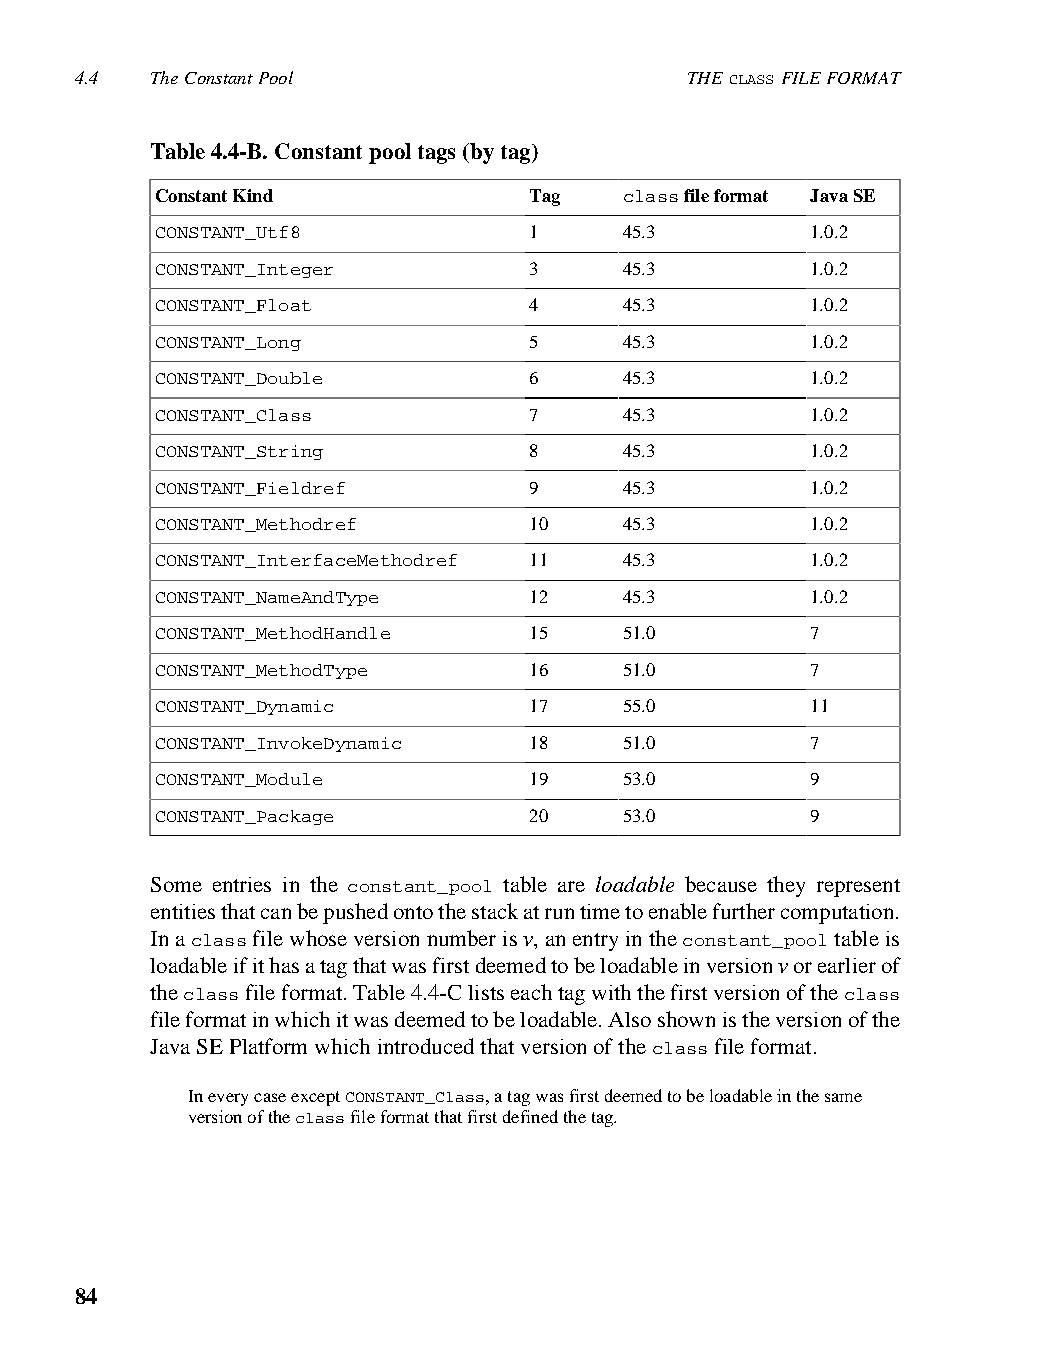
4.4  The Constant Pool                   THE CLASS FILE FORMAT
 Table 4.4-B. Constant pool tags (by tag)
 Constant Kind            Tag   class file format Java SE
 CONSTANT_Utf8            1     45.3         1.0.2
 CONSTANT_Integer         3     45.3         1.0.2
 CONSTANT_Float           4     45.3         1.0.2
 CONSTANT_Long            5     45.3         1.0.2
 CONSTANT_Double          6     45.3         1.0.2
 CONSTANT_Class           7     45.3         1.0.2
 CONSTANT_String          8     45.3         1.0.2
 CONSTANT_Fieldref        9     45.3         1.0.2
 CONSTANT_Methodref       10    45.3         1.0.2
 CONSTANT_InterfaceMethodref 11 45.3         1.0.2
 CONSTANT_NameAndType     12    45.3         1.0.2
 CONSTANT_MethodHandle    15    51.0         7
 CONSTANT_MethodType      16    51.0         7
 CONSTANT_Dynamic         17    55.0         11
 CONSTANT_InvokeDynamic   18    51.0         7
 CONSTANT_Module          19    53.0         9
 CONSTANT_Package         20    53.0         9
 Some entries in the constant_pool table are loadable because they represent
 entities that can be pushed onto the stack at run time to enable further computation.
 In a class file whose version number is v, an entry in the constant_pool table is
 loadable if it has a tag that was first deemed to be loadable in version v or earlier of
 the class file format. Table 4.4-C lists each tag with the first version of the class
 file format in which it was deemed to be loadable. Also shown is the version of the
 Java SE Platform which introduced that version of the class file format.
 In every case except CONSTANT_Class, a tag was first deemed to be loadable in the same
 version of the class file format that first defined the tag.
 84